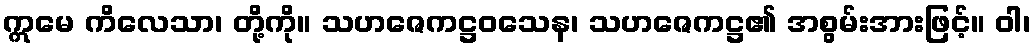
ဣမေ ကိလေသာ၊ တို့ကို။ သဟဇေကဋ္ဌဝသေန၊ သဟဇေကဋ္ဌ၏ အစွမ်းအားဖြင့်။ ဝါ၊